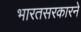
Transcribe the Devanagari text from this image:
भारतसरकारने